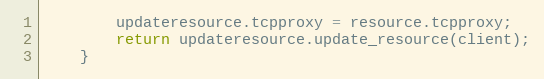
Language: Java
		updateresource.tcpproxy = resource.tcpproxy;
		return updateresource.update_resource(client);
	}